Vabadussoja_Ajaloo_Komitee, lk 8
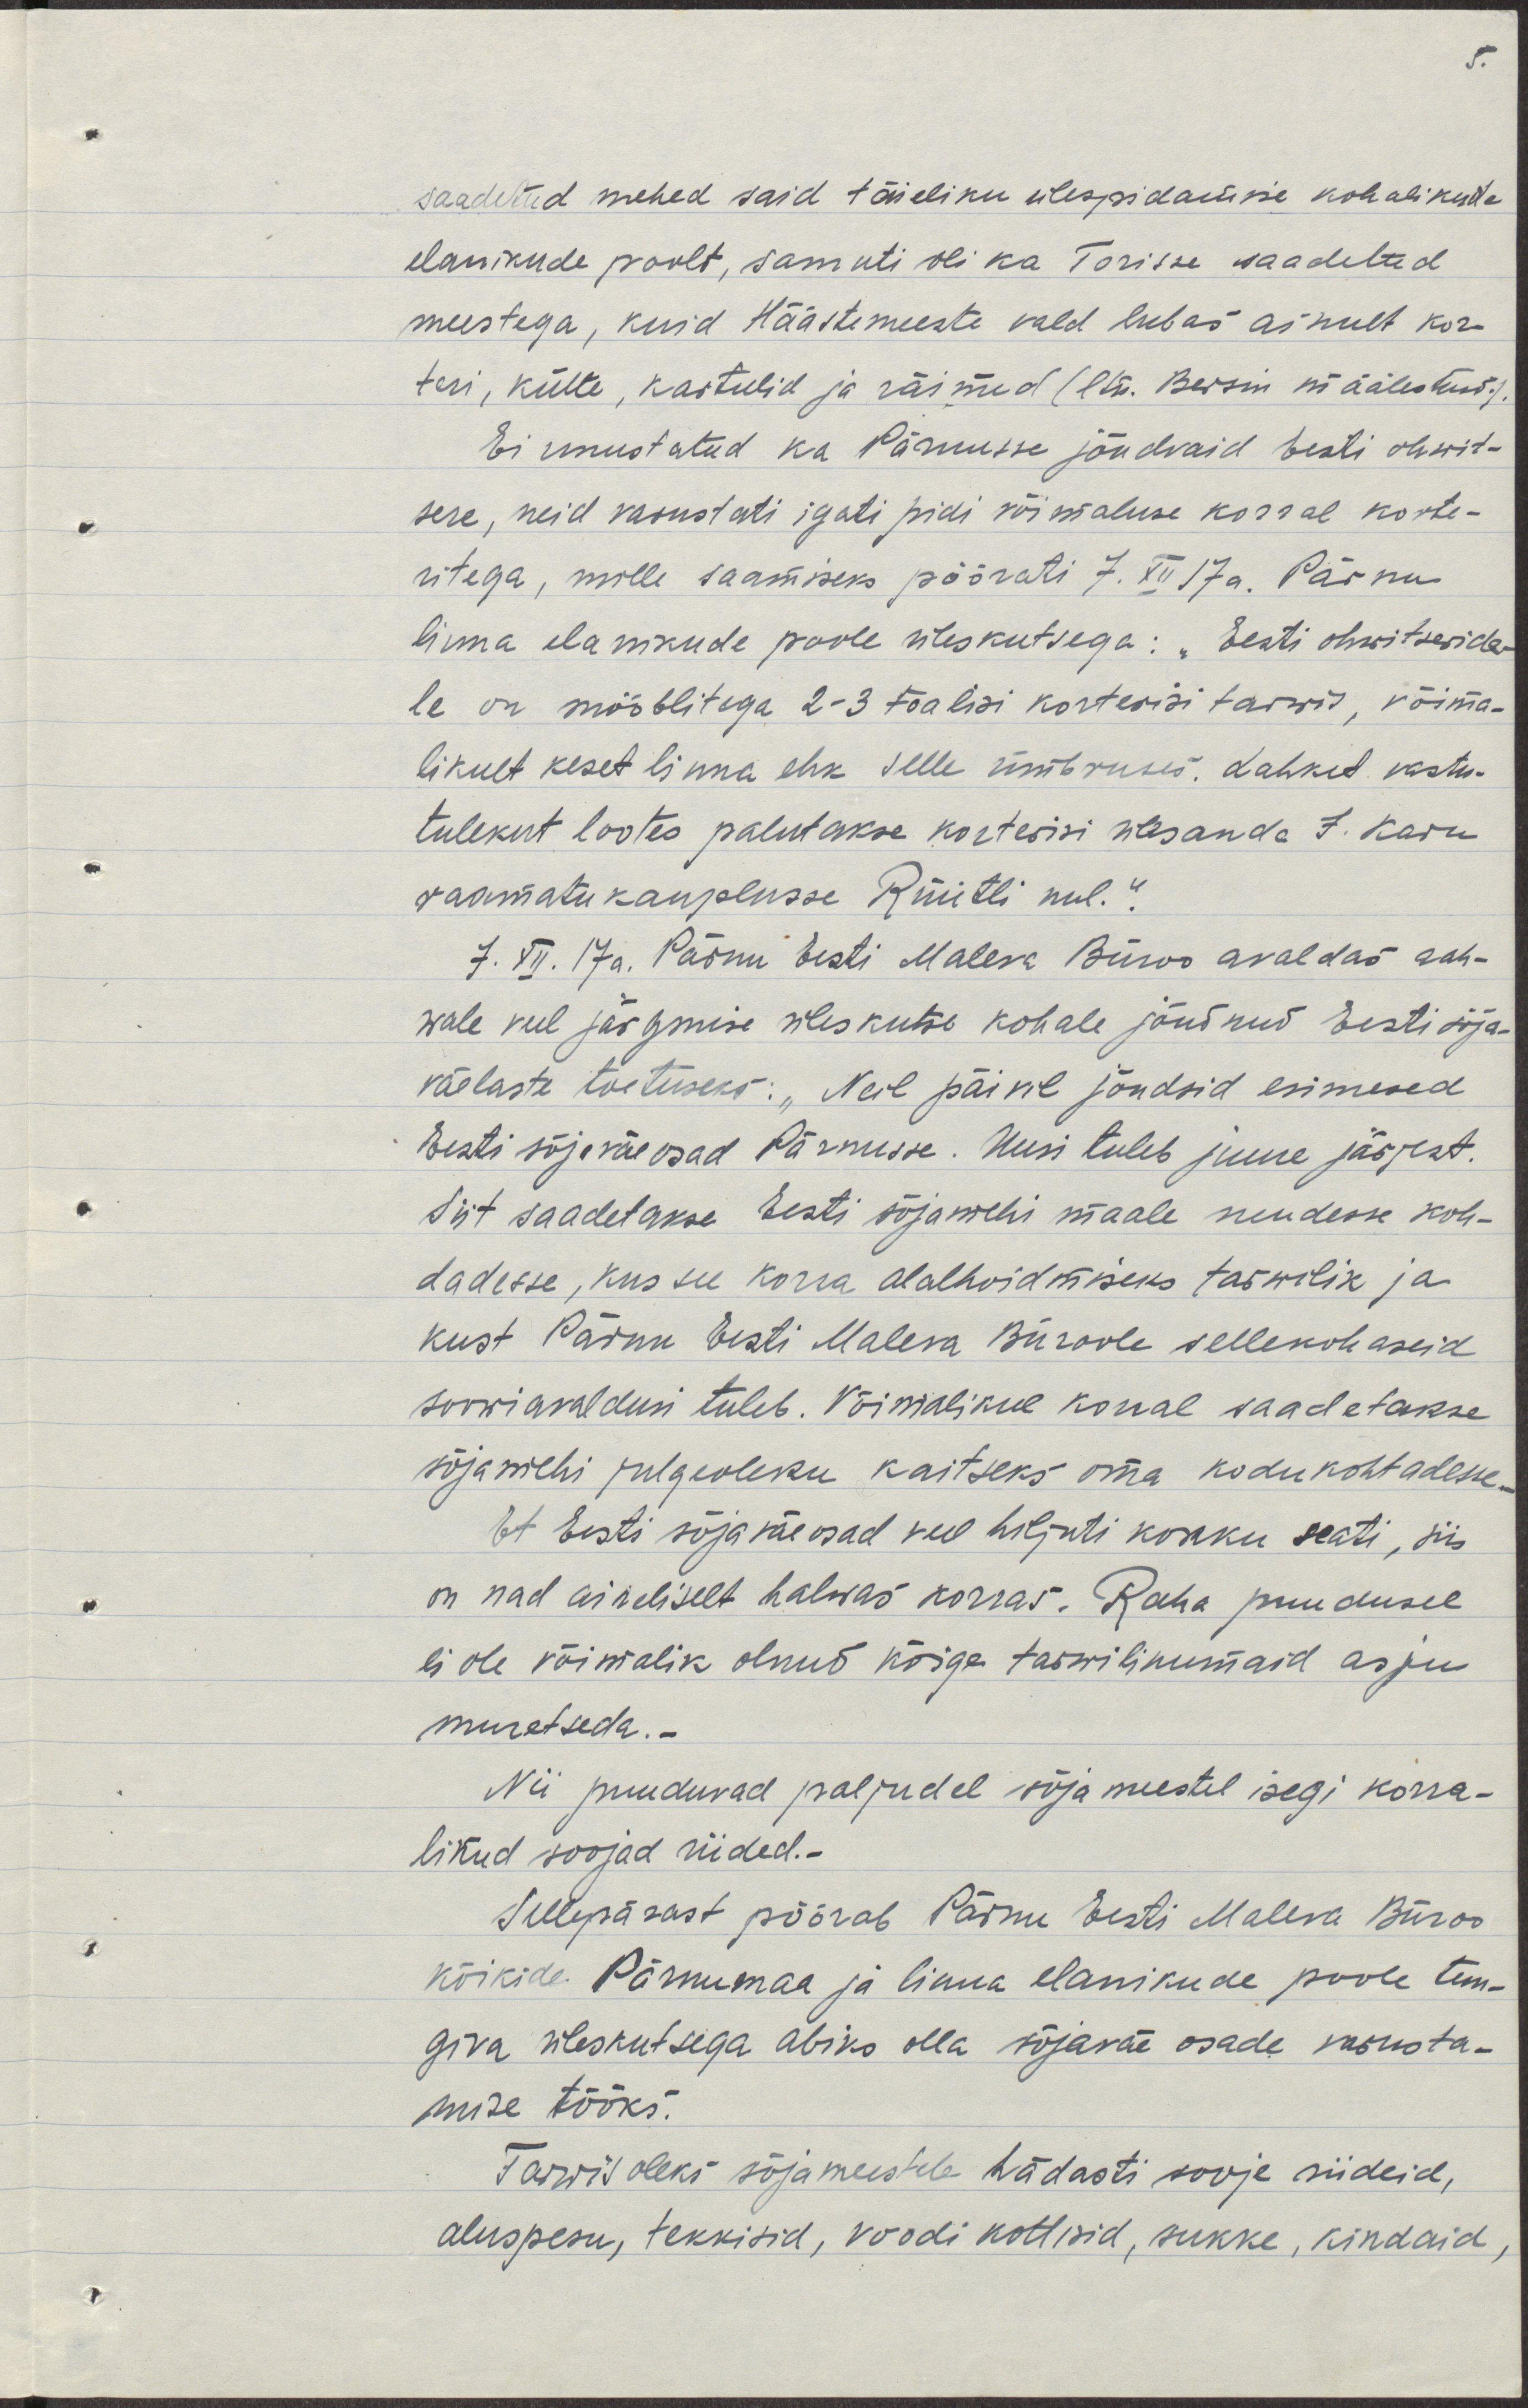
saadetud mehed said täieliku ülalpidamise kohalikude
elanikude poolt, samuti oli ka Torisse saadetud
meestega, kuid Häädemeeste vald lubas ainult kor-
teri, kütte, kartulid ja räimed (ltn Bermi määlestus).
Ei unustatud ka Pärnusse jõudvaid Eesti ohwit-
sere, neid varustati igati pidi võimaluse korral korte-
ritega, mille saamiseks pöörati 7. XII 17a. Pärnu
linna elanikkude poole üleskutsega: "Eesti ohwitseride-
le on mööblitega 2-3 toalisi korterisi tarwis, võima-
likult keset linna ehk selle ümbruses. Lahket vastu-
tulekut lootes palutakse korterisi ülesanda J. Karu
raamatu kauplusesse Rüütli uul".
7. XII 17a. Pärnu Eesti Maleva Büroo alvaldas rah-
wale veel järgmise üleskutse kohale jõudnud Eesti sõja-
väelaste toetuseks: "Neil päevil jõudsid esimesed
Eesti sõjaväeosad Pärnusse. Uusi tuleb juure järjest.
Siit saadetakse Eesti sõjamehi maale muudesse koh-
tadesse, kus see korra alalhoidmiseks tarwilik ja
kust Pärnu Eesti Maleva Büroole sellekohaseid
sooviavaldusi tuleb. Võimalikul korral saadetakse
sõjamehi julgeoleku kaitseks oma kodukohtadesse -
Et Eesti sõjaväeosad veel hiljuti kokku seati, siis
on nad aineliselt halvas korras. Raha puudusel
ei ole võimalik olnud kõrge tarwilikumaid asju
muretseda.-
Nii puuduvad paljudel sõja meestel isegi korra-
likud soojad riided.
Sellepärast pöörab Pärnu Eesti Maleva Büroo
kõikide Pärnumaa ja linna elanikude poole tun-
giva üleskutsega abiks olla sõjaväe osade varusta-
mise tööks.
Tarwis oleks sõjameestele hädasti sooje riideid,
aluspesu, tekkisid, voodi kottisid, sukke, kindaid,